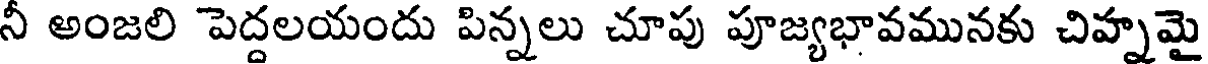
నీ అంజలి పెద్దలయందు పిన్నలు చూపు పూజ్యభావమునకు చిహ్నమై